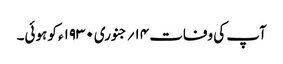
آپ کی وفات ۱۴؍جنوری ۱۹۳۰ء کو ہوئی۔